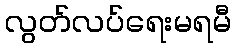
လွတ်လပ်ရေးမရမီ